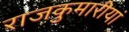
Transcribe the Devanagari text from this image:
राजकुमारीयां